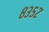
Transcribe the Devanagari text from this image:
८३५२